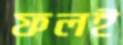
ফলই